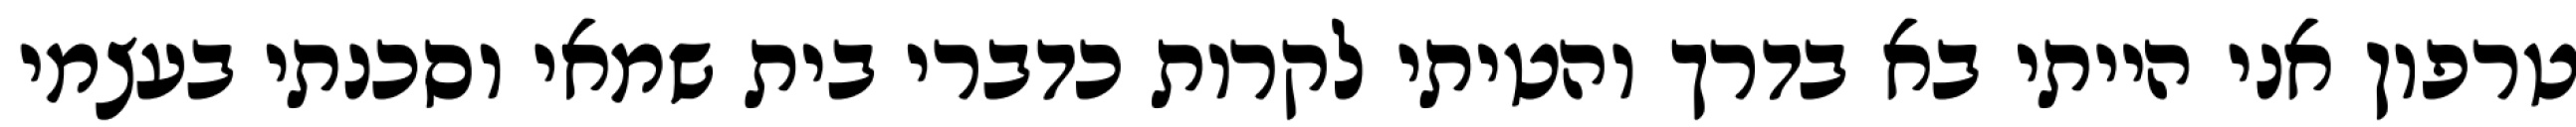
טרפון אני הייתי בא בדרך והטיתי לקרות כדברי בית שמאי וסכנתי בעצמי